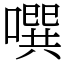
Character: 噀